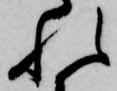
れ